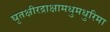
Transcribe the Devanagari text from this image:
घृतक्षीरद्राक्षामधुमधुरिमा